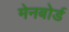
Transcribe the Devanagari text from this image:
मेनबोर्ड